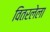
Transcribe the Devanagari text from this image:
वितरलेला